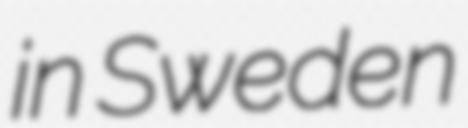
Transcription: in Sweden